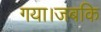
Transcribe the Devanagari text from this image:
गया।जबकि